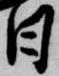
日